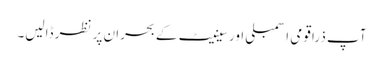
آپ ذرا قومی اسمبلی اور سینیٹ کے بحران پر نظر ڈالیں۔